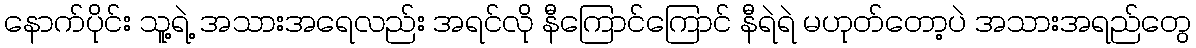
နောက်ပိုင်း သူ့ရဲ့ အသားအရေလည်း အရင်လို နီကြောင်ကြောင် နီရဲရဲ မဟုတ်တော့ပဲ အသားအရည်တွေ